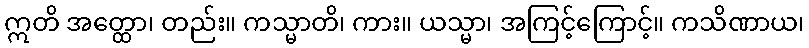
ဣတိ အတ္ထော၊ တည်း။ ကသ္မာတိ၊ ကား။ ယသ္မာ၊ အကြင့်ကြောင့်။ ကသိဏာယ၊